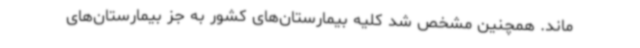
ماند. همچنین مشخص شد کلیه بیمارستان‌های کشور به جز بیمارستان‌های